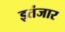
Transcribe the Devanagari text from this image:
इतंजार